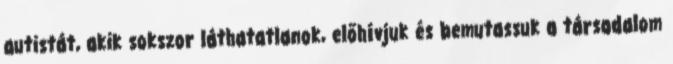
autistát, akik sokszor láthatatlanok, előhívjuk és bemutassuk a társadalom